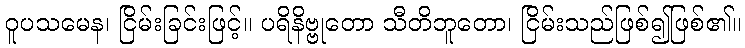
ဝူပသမေန၊ ငြိမ်းခြင်းဖြင့်။ ပရိနိဗ္ဗုတော သီတိဘူတော၊ ငြိမ်းသည်ဖြစ်၍ဖြစ်၏။